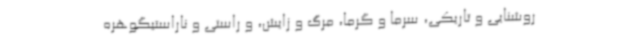
روشنایی و تاریکی، سرما و گرما، مرگ و زایش، و راستی و ناراستیگوهره